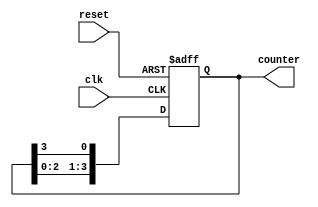
module ring_counter (
    input wire clk,               // Clock input
    input wire reset,             // Asynchronous reset input
    output reg [3:0] counter      // 4-bit output for the counter
);

    // Initial state for the counter
    initial begin
        counter = 4'b0001;  // Start with the first flip-flop set to '1'
    end

    // Always block triggered on the rising edge of the clock or reset
    always @(posedge clk or posedge reset) begin
        if (reset) begin
            counter <= 4'b0001;  // Reset to initial state
        end else begin
            // Shift the '1' to the next flip-flop
            counter <= {counter[2:0], counter[3]};
        end
    end
endmodule